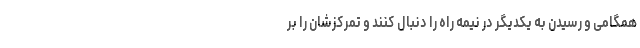
همگامی و رسیدن به یکدیگر در نیمه راه را دنبال کنند و تمرکزشان را بر